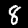
Digit: 8